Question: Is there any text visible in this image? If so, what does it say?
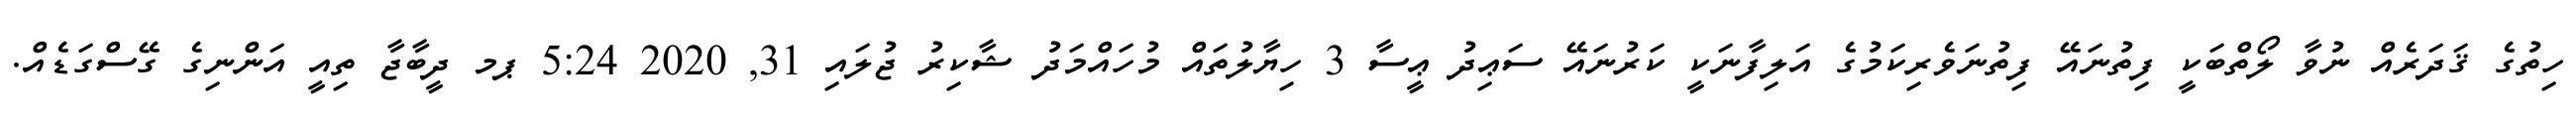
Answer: ހިތުގެ ޤަދަރެއް ނުވާ ލޯތްބަކީ ފިތުނައޭ ފިތުނަވެރިކަމުގެ އަލިފާނަކީ ކަރުނައޭ ސަޢިދު ޢީސާ 3 ހިޔާލުތައް މުހައްމަދު ޝާކިރު ޖުލައި 31, 2020 5:24 ޕމ ދީބާޖާ ތިއީ އަންނިގެ ގޭސްގަޑެއް.